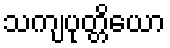
သကျပုတ္တိယော